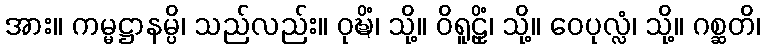
အား။ ကမ္မဋ္ဌာနမ္ပိ၊ သည်လည်း။ ဝုဍ္ဎိံ၊ သို့။ ဝိရူဠှိံ၊ သို့။ ဝေပုလ္လံ၊ သို့။ ဂစ္ဆတိ၊